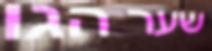
שער הגו